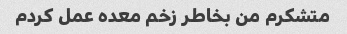
متشکرم من بخاطر زخم معده عمل کردم